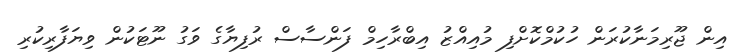
އިން ޖޫރިމަނާކުރަން ހުކުމްކޮށްފި މުއިއްޒު އިބްރާހިމް ފަންސާސް ރުފިޔާގެ ވަގު ނޫޓަކުން ވިޔަފާރިކުރި